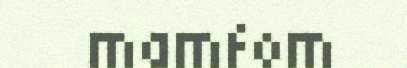
mamfom